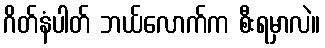
ဂိတ်နံပါတ် ဘယ်လောက်က စီးရမှာလဲ။